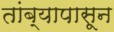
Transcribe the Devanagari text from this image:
तांब्यापासून